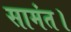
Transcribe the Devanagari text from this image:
सामंत।